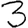
Digit: 3